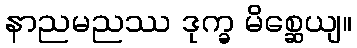
နာညမညဿ ဒုက္ခ မိစ္ဆေယျ။